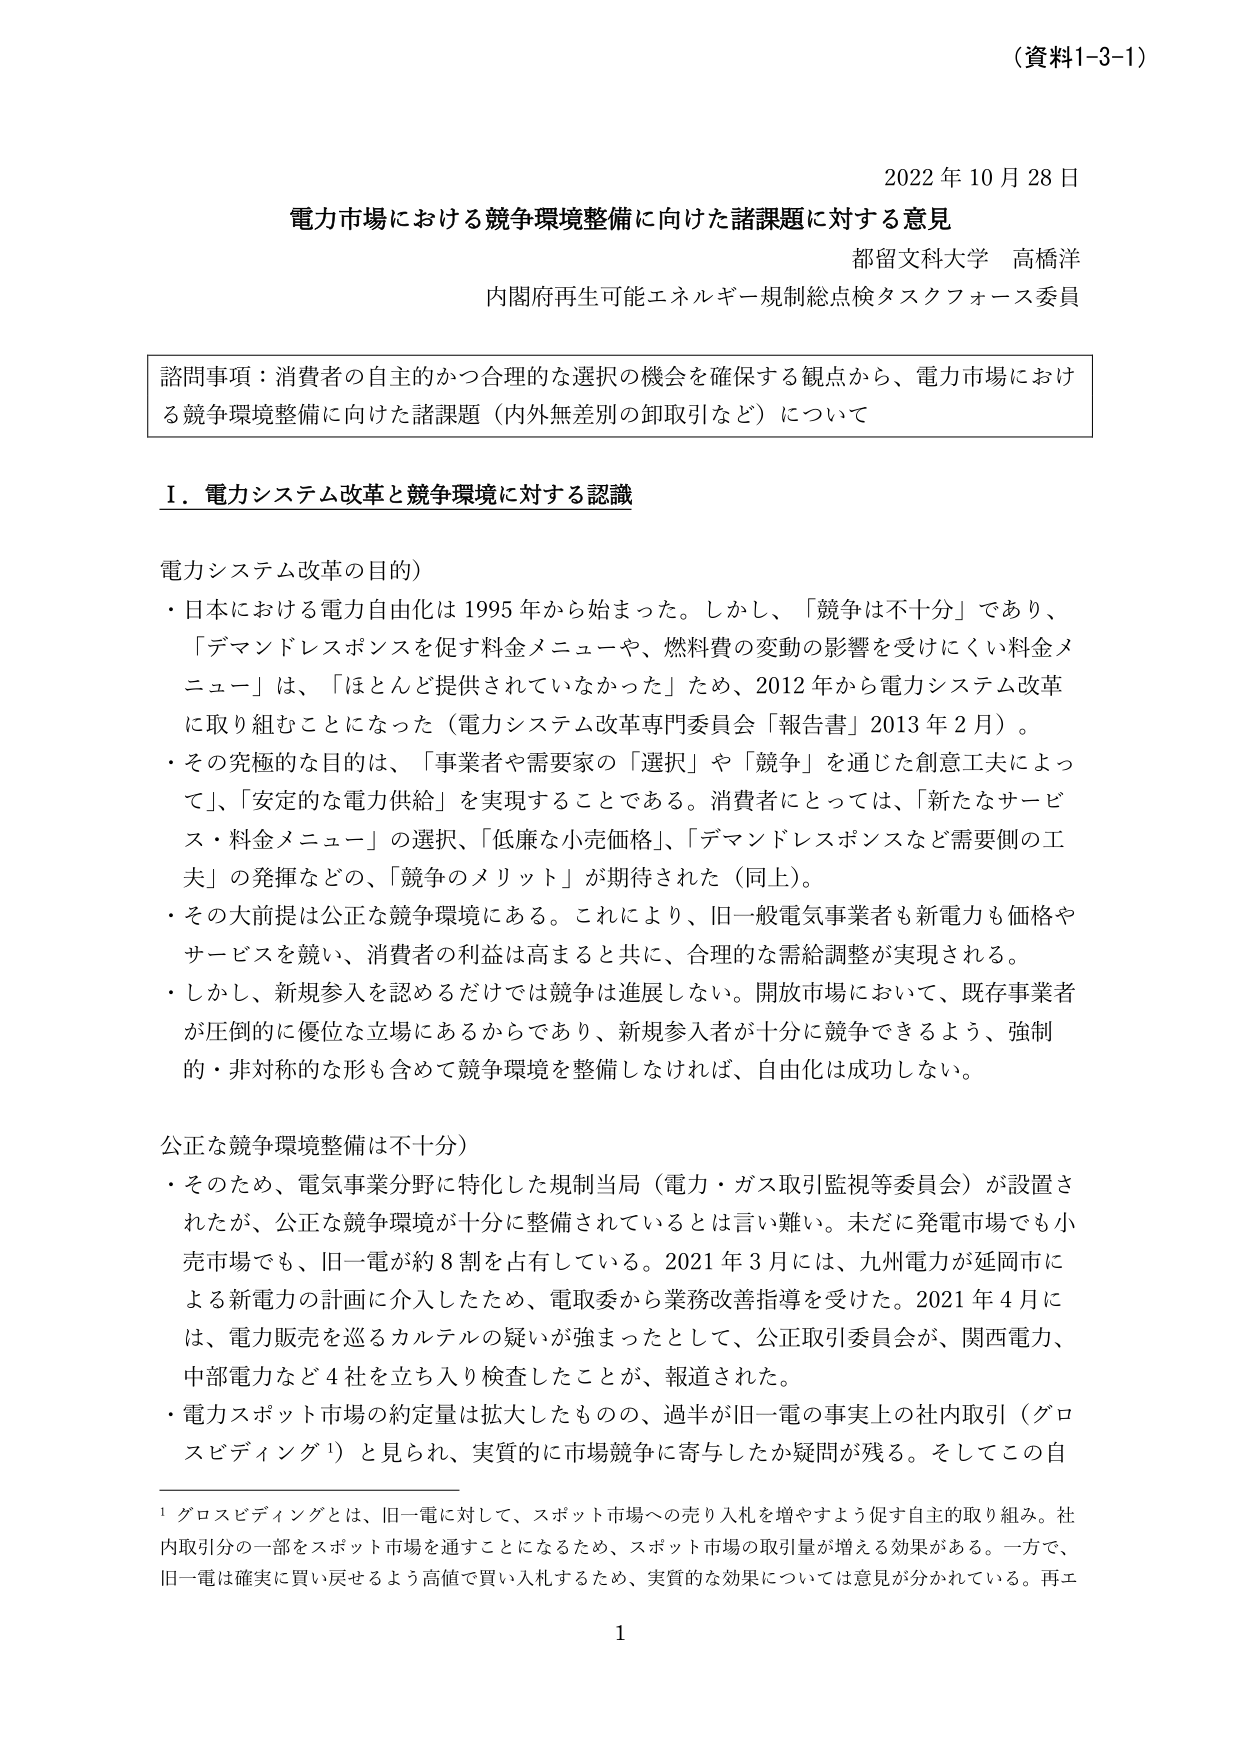
（資料1-3-1）

2022年10月28日

電力市場における競争環境整備に向けた諸課題に対する意見
都留文科大学 高橋洋
内閣府再生可能エネルギー規制総点検タスクフォース委員

諮問事項：消費者の自主的かつ合理的な選択の機会を確保する観点から、電力市場における競争環境整備に向けた諸課題（内外無差別の卸取引など）について

Ⅰ．電力システム改革と競争環境に対する認識

電力システム改革の目的）
・日本における電力自由化は1995年から始まった。しかし、「競争は不十分」であり、「デマンドレスポンスを促す料金メニュー」や、燃料費の変動の影響を受けにくい料金メニュー」は、「ほとんど提供されていなかった」ため、2012年から電力システム改革に取り組むことになった（電力システム改革専門委員会「報告書」2013年2月）。
・その究極的な目的は、「事業者や需要家の「選択」や「競争」を通じた創意工夫によって」、「安定的な電力供給」を実現することである。消費者にとっては、「新たなサービス・料金メニュー」の選択、「低廉な小売価格」、「デマンドレスポンスなど需要側の工夫」の発揮などの、「競争のメリット」が期待された（同上）。
・その大前提は公正な競争環境にある。これにより、旧一般電気事業者も新電力も価格やサービスを競い、消費者の利益は高まると共に、合理的な需給調整が実現される。
・しかし、新規参入を認めるだけでは競争は進展しない。開放市場において、既存事業者が圧倒的に優位な立場にあるからであり、新規参入者が十分に競争できるよう、強制的・非対称的な形も含めて競争環境を整備しなければ、自由化は成功しない。

公正な競争環境整備は不十分）
・そのため、電気事業分野に特化した規制当局（電力・ガス取引監視等委員会）が設置されたが、公正な競争環境が十分に整備されているとは言い難い。未だに発電市場でも小売市場でも、旧一電が約8割を占有している。2021年3月には、九州電力が延岡市による新電力の計画に介入したため、電取委から業務改善指導を受けた。2021年4月には、電力販売を巡るカルテルの疑いが強まったとして、公正取引委員会が、関西電力、中部電力など4社を立ち入り検査したことが、報道された。
・電力スポット市場の約定量は拡大したものの、過半が旧一電の事実上の社内取引（グロスピディング¹）と見られ、実質的に市場競争に寄与したか疑問が残る。そしてこの自

¹ グロスピディングとは、旧一電に対して、スポット市場への売り入れを増やすよう促す自主的取り組み。社内取引分の一部をスポット市場を通すことになるため、スポット市場の取引量が増える効果がある。一方で、旧一電は確実に買い戻せるよう高値で買い入れするため、実質的な効果については意見が分かれている。再エ

1